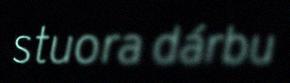
stuora dárbu